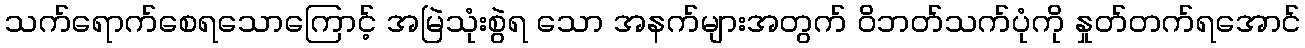
သက်ရောက်စေရသောကြောင့် အမြဲသုံးစွဲရ သော အနက်များအတွက် ဝိဘတ်သက်ပုံကို နှုတ်တက်ရအောင်